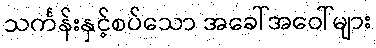
သင်္ကန်းနှင့်စပ်သော အခေါ်အဝေါ်များ